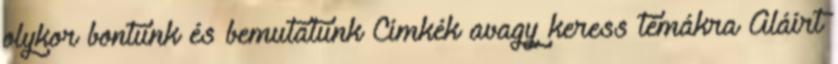
olykor bontunk és bemutatunk Címkék avagy keress témákra Aláírt